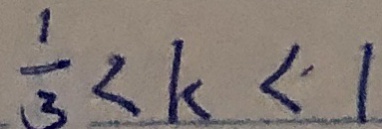
\frac { 1 } { 3 } < k < 1